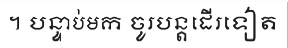
។ បន្ទាប់មក ចូរបន្តដើរទៀត